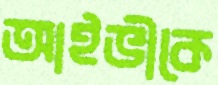
আইভীকে